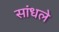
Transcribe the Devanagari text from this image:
सांधले